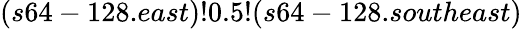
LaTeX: (s64-128.east)!0.5!(s64-128.southeast)